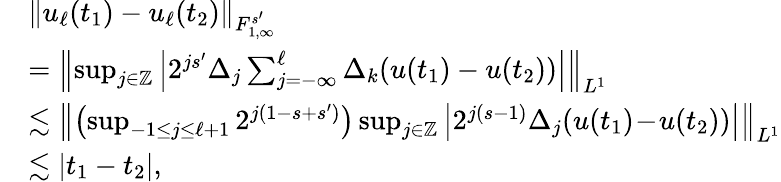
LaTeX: \begin{array}{rl}&{\| u_{\ell}(t_{1})-u_{\ell}(t_{2})\| _{{F}_{1,\infty}^{s^{\prime}}}}\\ &{=\left\| \operatorname*{sup}_{j\in\mathbb{Z}}\left|2^{js^{\prime}}\Delta_{j}\sum_{j=-\infty}^{\ell}\Delta_{k}(u(t_{1})-u(t_{2}))\right|\right\| _{{L}^{1}}}\\ &{\lesssim\left\| \left(\operatorname*{sup}_{-1\leq j\leq\ell+1}2^{j(1-s+s^{\prime})}\right)\operatorname*{sup}_{j\in\mathbb{Z}}\left|2^{j(s-1)}\Delta_{j}(u(t_{1})\! -\! u(t_{2}))\right|\right\| _{{L}^{1}}}\\ &{\lesssim|t_{1}-t_{2}|,}\end{array}